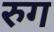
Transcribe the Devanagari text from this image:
रुग